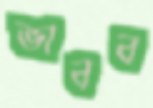
ভাবব